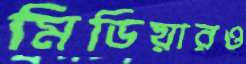
মিডিয়ারও